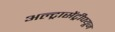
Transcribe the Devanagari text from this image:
अल्ट्रासेंट्रीफ्यूज